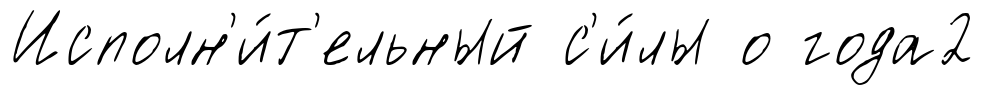
Исполн'и́т'ельный с'и́лы о года2